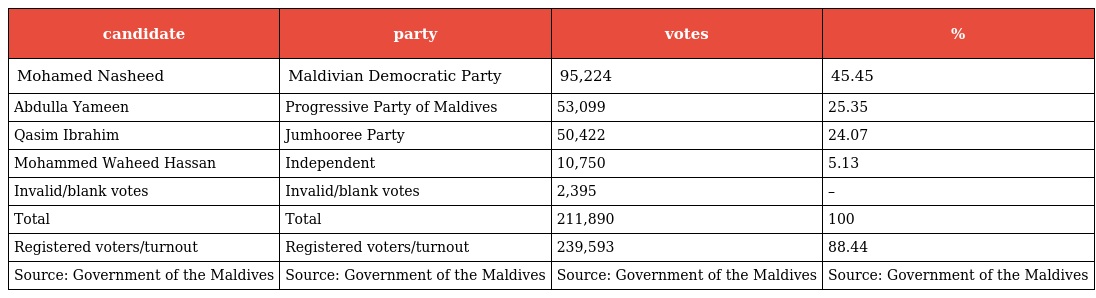
| candidate | party | votes | % |
 | --- | --- | --- | --- |
 | Mohamed Nasheed | Maldivian Democratic Party | 95,224 | 45.45 |
 | Abdulla Yameen | Progressive Party of Maldives | 53,099 | 25.35 |
 | Qasim Ibrahim | Jumhooree Party | 50,422 | 24.07 |
 | Mohammed Waheed Hassan | Independent | 10,750 | 5.13 |
 | Invalid/blank votes | Invalid/blank votes | 2,395 | – |
 | Total | Total | 211,890 | 100 |
 | Registered voters/turnout | Registered voters/turnout | 239,593 | 88.44 |
 | Source: Government of the Maldives | Source: Government of the Maldives | Source: Government of the Maldives | Source: Government of the Maldives |